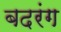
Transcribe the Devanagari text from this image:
बदरंग